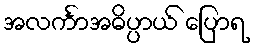
အလင်္ကာအဓိပ္ပာယ် ပြောရ